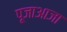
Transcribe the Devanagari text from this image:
पूजाआजा